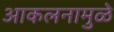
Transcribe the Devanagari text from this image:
आकलनामुळे